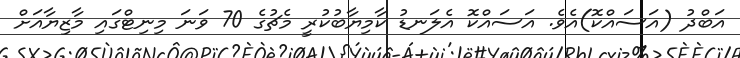
އަބްދު (އަސައްކޮ)އެވެ. އަސައްކޮ އެލަނޑު ކާމިޔާބުކުރީ މެޗުގެ 70 ވަނަ މިނިޓްގައި މާޒިޔާއަށް